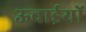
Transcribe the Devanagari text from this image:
ऊचाईयों